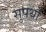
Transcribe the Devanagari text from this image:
सुपथों